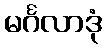
မင်္ဂလာဒုံ